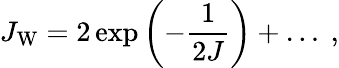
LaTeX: J_{\mathrm{W}}=2\exp\left(-{\frac{1}{2J}}\right)+\ldots~,